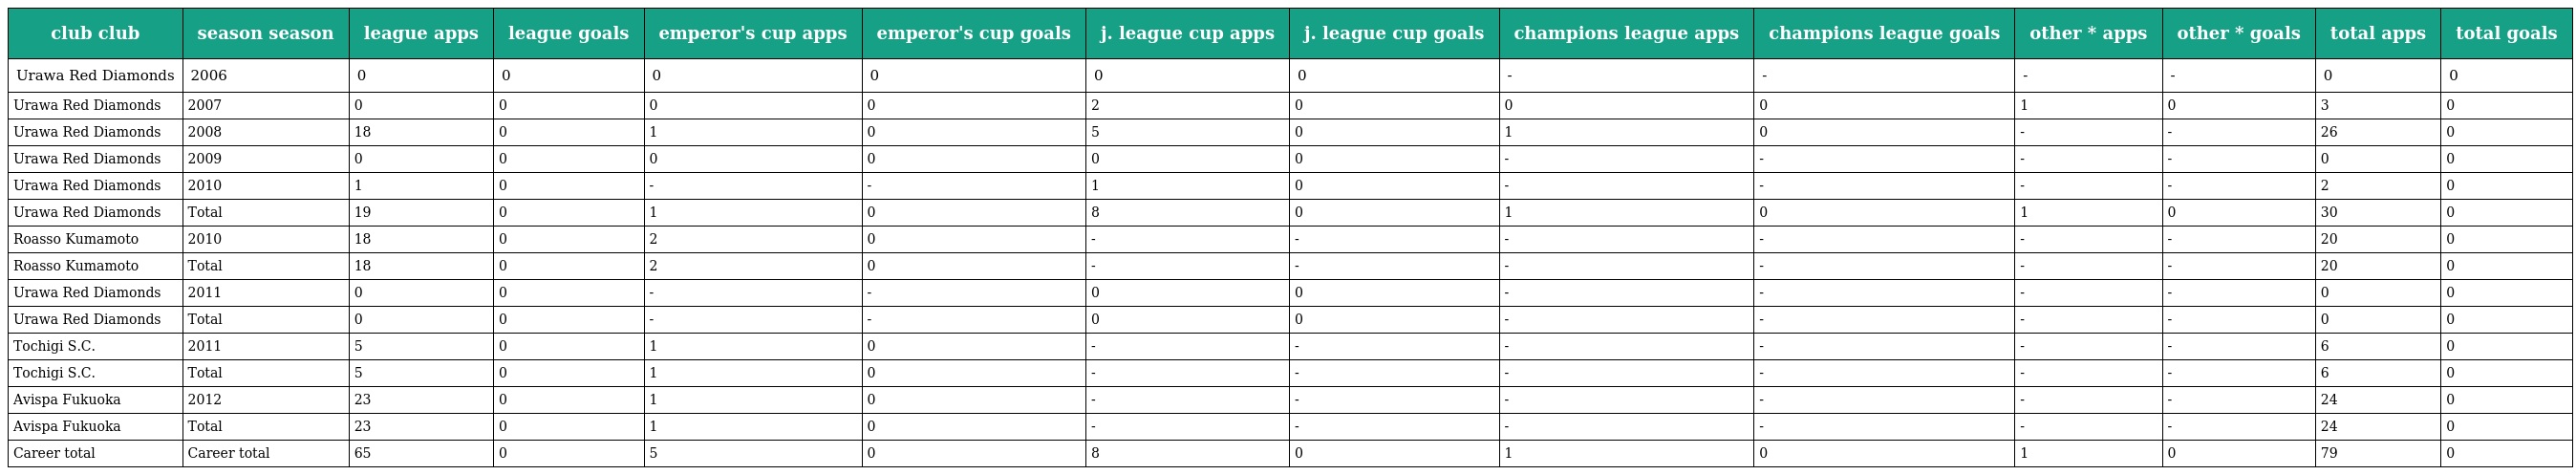
| club club | season season | league apps | league goals | emperor's cup apps | emperor's cup goals | j. league cup apps | j. league cup goals | champions league apps | champions league goals | other * apps | other * goals | total apps | total goals |
 | --- | --- | --- | --- | --- | --- | --- | --- | --- | --- | --- | --- | --- | --- |
 | Urawa Red Diamonds | 2006 | 0 | 0 | 0 | 0 | 0 | 0 | - | - | - | - | 0 | 0 |
 | Urawa Red Diamonds | 2007 | 0 | 0 | 0 | 0 | 2 | 0 | 0 | 0 | 1 | 0 | 3 | 0 |
 | Urawa Red Diamonds | 2008 | 18 | 0 | 1 | 0 | 5 | 0 | 1 | 0 | - | - | 26 | 0 |
 | Urawa Red Diamonds | 2009 | 0 | 0 | 0 | 0 | 0 | 0 | - | - | - | - | 0 | 0 |
 | Urawa Red Diamonds | 2010 | 1 | 0 | - | - | 1 | 0 | - | - | - | - | 2 | 0 |
 | Urawa Red Diamonds | Total | 19 | 0 | 1 | 0 | 8 | 0 | 1 | 0 | 1 | 0 | 30 | 0 |
 | Roasso Kumamoto | 2010 | 18 | 0 | 2 | 0 | - | - | - | - | - | - | 20 | 0 |
 | Roasso Kumamoto | Total | 18 | 0 | 2 | 0 | - | - | - | - | - | - | 20 | 0 |
 | Urawa Red Diamonds | 2011 | 0 | 0 | - | - | 0 | 0 | - | - | - | - | 0 | 0 |
 | Urawa Red Diamonds | Total | 0 | 0 | - | - | 0 | 0 | - | - | - | - | 0 | 0 |
 | Tochigi S.C. | 2011 | 5 | 0 | 1 | 0 | - | - | - | - | - | - | 6 | 0 |
 | Tochigi S.C. | Total | 5 | 0 | 1 | 0 | - | - | - | - | - | - | 6 | 0 |
 | Avispa Fukuoka | 2012 | 23 | 0 | 1 | 0 | - | - | - | - | - | - | 24 | 0 |
 | Avispa Fukuoka | Total | 23 | 0 | 1 | 0 | - | - | - | - | - | - | 24 | 0 |
 | Career total | Career total | 65 | 0 | 5 | 0 | 8 | 0 | 1 | 0 | 1 | 0 | 79 | 0 |